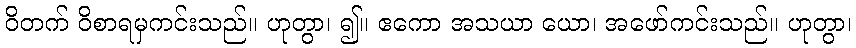
ဝိတက် ဝိစာရမှကင်းသည်။ ဟုတွာ၊ ၍။ ဧကော အသယာ ယော၊ အဖော်ကင်းသည်။ ဟုတွာ၊